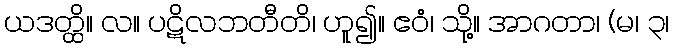
ယဒတ္ထိ။ လ။ ပဋိလဘတီတိ၊ ဟူ၍။ ဧဝံ၊ သို့။ အာဂတာ၊ (မ၊ ၃၊